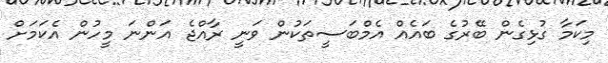
މިކަމާ ގުޅިގެން ބޭރުގެ ބައެއް އެމްބަސީތަކުން ވަނީ ރާއްޖެ އަންނަ މީހުން އެކަމަށް